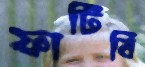
ফাটিবি